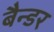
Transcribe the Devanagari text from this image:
बैन्डर